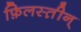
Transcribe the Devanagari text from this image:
फ़िलस्त़ीन्